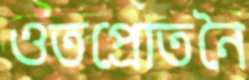
ওতপ্রোতনৈ